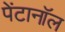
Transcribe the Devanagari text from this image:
पेंटानॉल